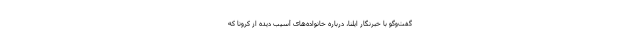
گفت‌وگو با خبرنگار ایلنا، درباره خانواده‌های آسیب دیده از کرونا که